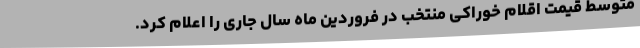
متوسط قیمت اقلام خوراکی منتخب در فروردین ماه سال جاری را اعلام کرد.